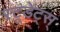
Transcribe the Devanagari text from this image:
स्टूडेंट्स्